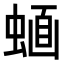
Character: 𧍹